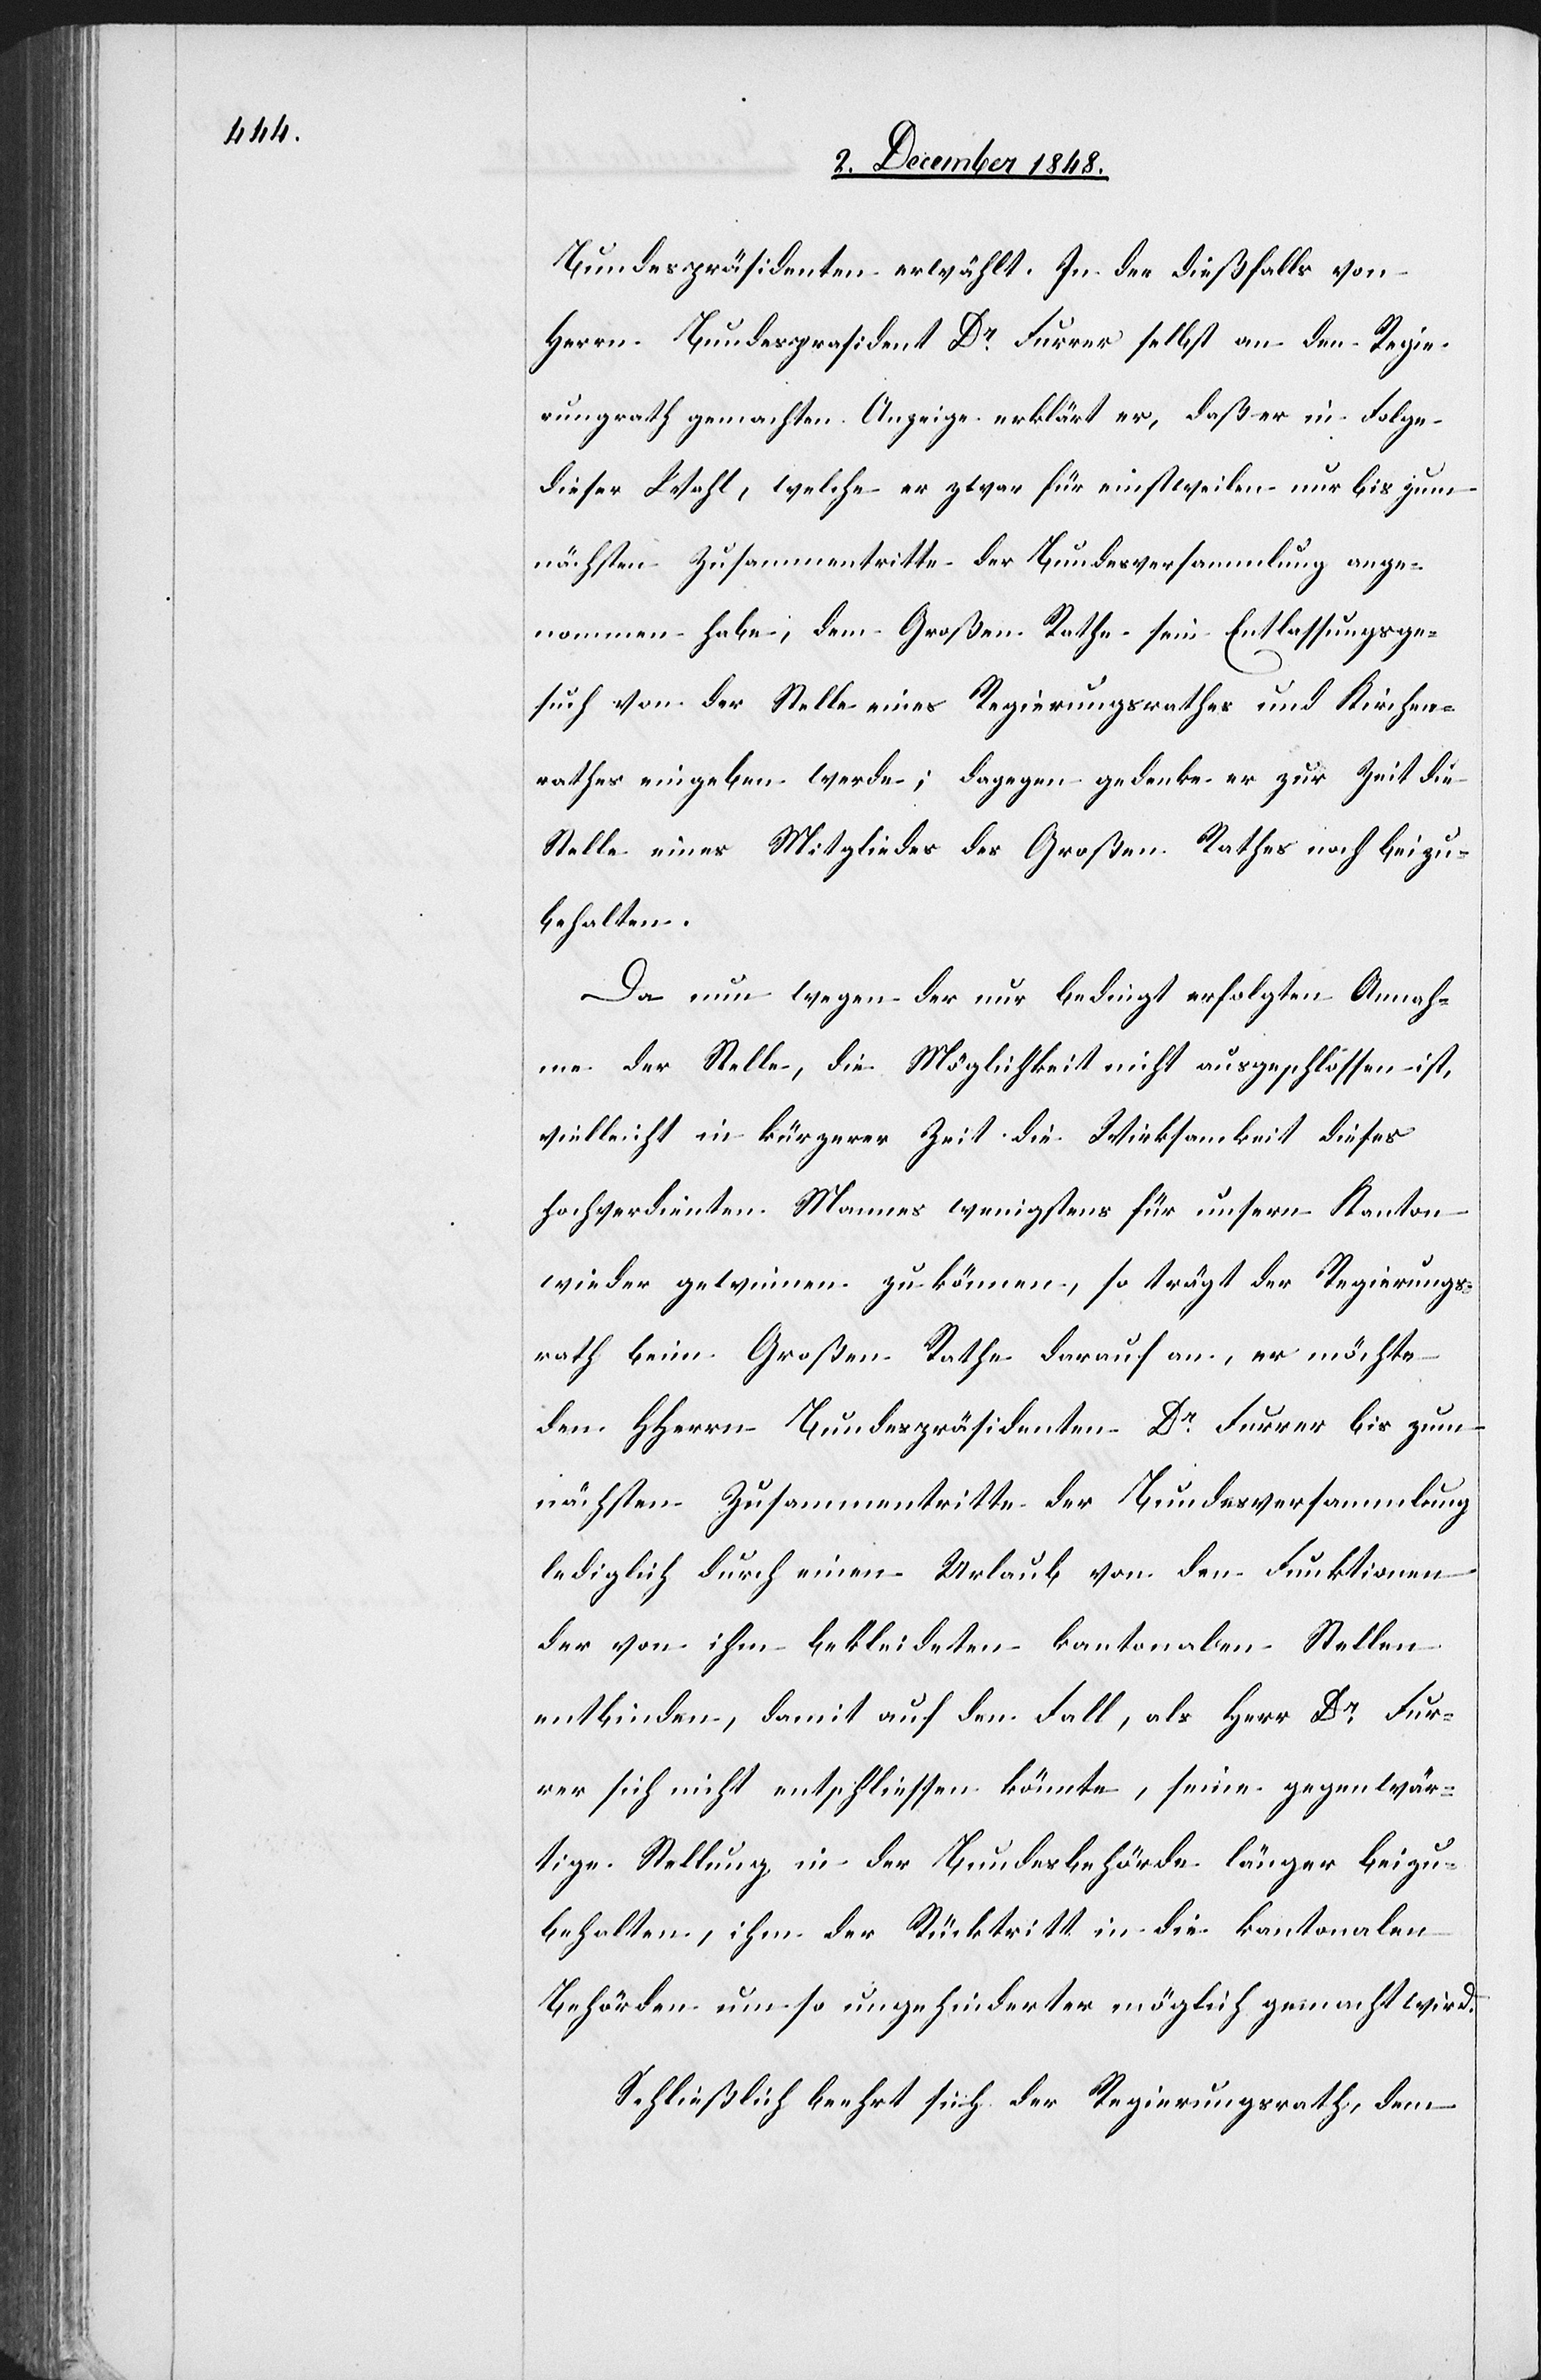
Bundespräsidenten erwählt. In der dießfalls von
Herrn Bundesprasident Dr Furrer selbst an den Regie¬
rungsrath gemachten Anzeige erklärt er, daß er in Folge
dieser Wahl, welche er zwar für einstweilen nur bis zum
nächsten Zusammentritte der Bundesversammlung ange¬
nommen habe, dem Großen Rathe sein Entlassungsge¬
such von der Stelle eines Regierungsrathes und Kirchen¬
rathes eingeben werde; dagegen gedenke er zur Zeit die
Stelle eines Mitgliedes des Großen Rathes noch beizu¬
behalten.
Da nun wegen der nur bedingt erfolgten Annah¬
me der Stelle, die Möglichkeit nicht ausgeschlossen ist,
vielleicht in kürzerer Zeit die Wirksamkeit dieses
hochverdienten Mannes wenigstens für unsern Kanton
wieder gewinnen zu können, so trägt der Regierungs¬
rath beim Großen Rathe darauf an, er möchte
den HHerrn Bundespräsidenten Dr Furrer bis zum
nächsten Zusammentritte der Bundesversammlung
lediglich durch einen Urlaub von den Funktionen
der von ihm bekleideten kantonalen Stellen
entbinden, damit auf den Fall, als Herr Dr Fur¬
rer sich nicht entschliessen könnte, seine gegenwär¬
tige Stellung in der Bundesbehörde länger beizu¬
behalten, ihm der Rücktritt in die kantonalen
Behörden um so ungehinderter möglich gemacht wird.
Schließlich beehrt sich der Regierungsrath, dem